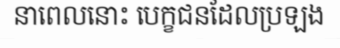
នាពេលនោះ បេក្ខជនដែលប្រឡង